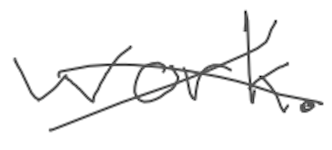
Text: work.
Cross-out: cross
Writing tool: digital_gray